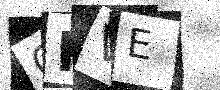
Text: GKVE